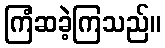
ကြံဆခဲ့ကြသည်။